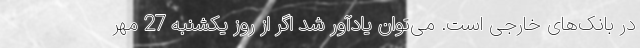
در بانک‌های خارجی است. می‌توان یادآور شد اگر از روز یکشنبه 27 مهر